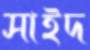
সাইদ